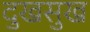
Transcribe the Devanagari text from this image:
दुखसुख